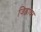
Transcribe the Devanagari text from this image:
जिह्वाघर